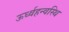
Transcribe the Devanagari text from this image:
ऊर्ध्वहन्वस्थि